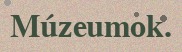
Múzeumok.